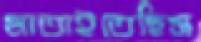
মাতাইতেছিস